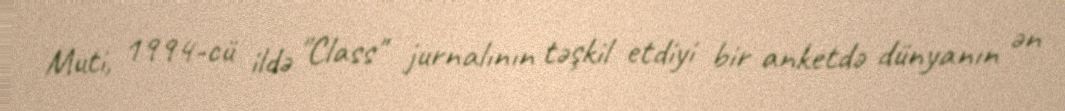
Muti, 1994-cü ildə "Class" jurnalının təşkil etdiyi bir anketdə dünyanın ən